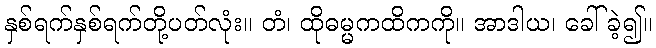
နှစ်ရက်နှစ်ရက်တို့ပတ်လုံး။ တံ၊ ထိုဓမ္မကထိကကို။ အာဒါယ၊ ခေါ်ခဲ့၍။